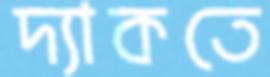
দ্যাকতে